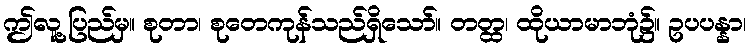
ဤလူ့ပြည်မှ။ စုတာ၊ စုတေကုန်သည်ရှိသော်။ တတ္ထ၊ ထိုယာမာဘုံ၌။ ဥပပန္နာ၊